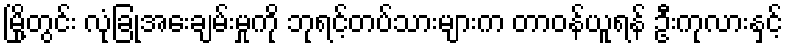
မြို့တွင်း လုံခြုံအေးချမ်းမှုကို ဘုရင့်တပ်သားများက တာဝန်ယူရန် ဦးကုလားနှင့်